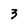
Character: 3